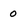
Character: 0